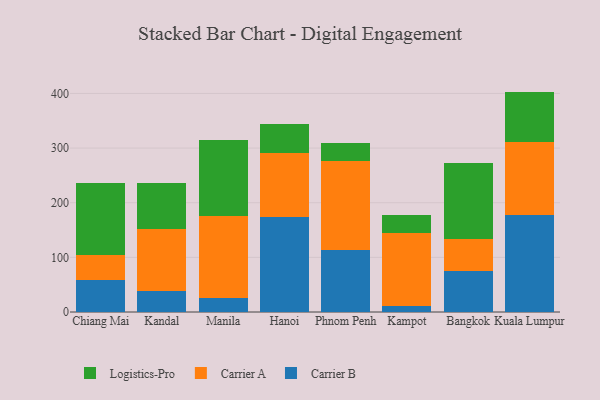
{"axis": {"x": "City", "y": "Market Share (%)"}, "legend": ["Carrier A", "Carrier B", "Logistics-Pro"], "data": [{"x": "Chiang Mai", "y": 57.9, "type": "Carrier B"}, {"x": "Chiang Mai", "y": 46.1, "type": "Carrier A"}, {"x": "Chiang Mai", "y": 132.4, "type": "Logistics-Pro"}, {"x": "Kandal", "y": 38.7, "type": "Carrier B"}, {"x": "Kandal", "y": 112.4, "type": "Carrier A"}, {"x": "Kandal", "y": 84.7, "type": "Logistics-Pro"}, {"x": "Manila", "y": 26.1, "type": "Carrier B"}, {"x": "Manila", "y": 149.9, "type": "Carrier A"}, {"x": "Manila", "y": 138.7, "type": "Logistics-Pro"}, {"x": "Hanoi", "y": 173.1, "type": "Carrier B"}, {"x": "Hanoi", "y": 118.2, "type": "Carrier A"}, {"x": "Hanoi", "y": 52.6, "type": "Logistics-Pro"}, {"x": "Phnom Penh", "y": 113.4, "type": "Carrier B"}, {"x": "Phnom Penh", "y": 162.4, "type": "Carrier A"}, {"x": "Phnom Penh", "y": 34.1, "type": "Logistics-Pro"}, {"x": "Kampot", "y": 10.2, "type": "Carrier B"}, {"x": "Kampot", "y": 134.8, "type": "Carrier A"}, {"x": "Kampot", "y": 31.8, "type": "Logistics-Pro"}, {"x": "Bangkok", "y": 75.8, "type": "Carrier B"}, {"x": "Bangkok", "y": 58.7, "type": "Carrier A"}, {"x": "Bangkok", "y": 138.5, "type": "Logistics-Pro"}, {"x": "Kuala Lumpur", "y": 178.1, "type": "Carrier B"}, {"x": "Kuala Lumpur", "y": 132.6, "type": "Carrier A"}, {"x": "Kuala Lumpur", "y": 92.7, "type": "Logistics-Pro"}]}